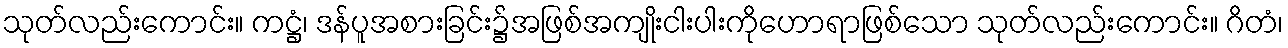
သုတ်လည်းကောင်း။ ကဋ္ဌံ၊ ဒန်ပူအစားခြင်း၌အဖြစ်အကျိုးငါးပါးကိုဟောရာဖြစ်သော သုတ်လည်းကောင်း။ ဂိတံ၊